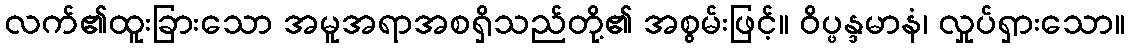
လက်၏ထူးခြားသော အမူအရာအစရှိသည်တို့၏ အစွမ်းဖြင့်။ ဝိပ္ဖန္ဒမာနံ၊ လှုပ်ရှားသော။